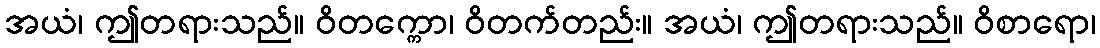
အယံ၊ ဤတရားသည်။ ဝိတက္ကော၊ ဝိတက်တည်း။ အယံ၊ ဤတရားသည်။ ဝိစာရော၊